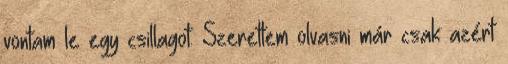
vontam le egy csillagot. Szerettem olvasni már csak azért